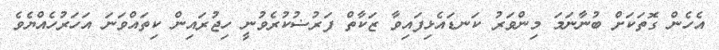
އެހެން ގޮތަކަށް ބުނާނަމަ މިންވަރު ކަނޑައެޅިފައިވާ ޒަކާތް ފަރުޟުކުރެވުނީ ހިޖުރައިން ކިތައްވަނަ އަހަރުހެއްޔެވެ